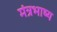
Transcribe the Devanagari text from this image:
मंत्रभाष्य